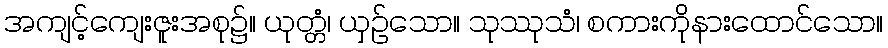
အကျင့်ကျေးဇူးအစု၌။ ယုတ္တံ၊ ယှဉ်သော။ သုဿုသံ၊ စကားကိုနားထောင်သော။